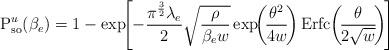
LaTeX: \begin{align*} \textrm{P}_\textrm{so}^{u}(\beta_e) = 1 - \exp \!\! \left[ - \frac{\pi^{\frac{3}{2}}\lambda_e}{2} \sqrt{\frac{\rho}{\beta_e w}} \exp \!\! \left(\! \frac{\theta^2}{4 w} \! \right) \mathrm{Erfc} \! \left( \! \frac{\theta}{2 \sqrt{w}} \! \right ) \! \right]\end{align*}